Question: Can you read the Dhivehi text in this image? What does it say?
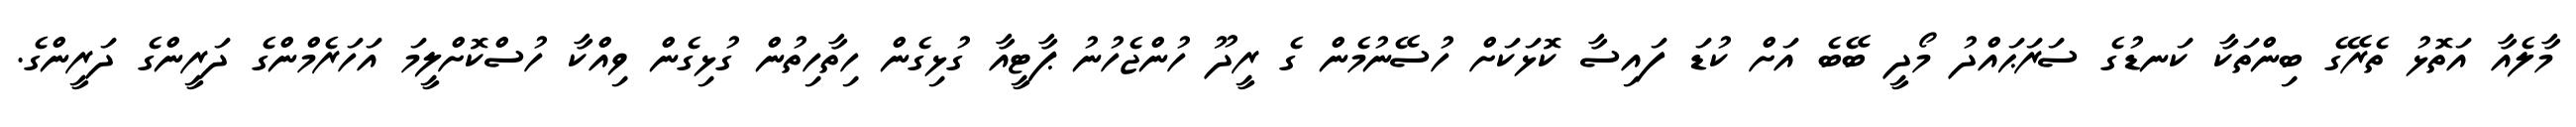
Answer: މާލެއާ އަތޮޅު ތެރޭގެ ބިންތަކާ ކަނޑުގެ ސަރަޙައްދު މޯދީ ބޭބެ އަށް ކުޑަ ފައިސާ ކޮޅަކަށް ހުސޭނުމެން ގެ ރީދޫ ހުންޖެހުނު ޕާޓީއާ ގުޅިގެން ހިތާހިތުން ގުޅިގެން ވިއްކާ ހުސްކޮށްލީމަ އަހަރެމްންގެ ދަރީންގެ ދަރީންގެ.